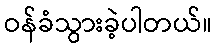
ဝန်ခံသွားခဲ့ပါတယ်။